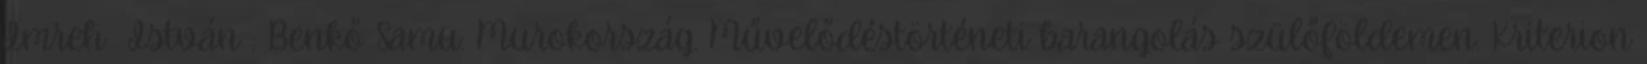
Imreh István : Benkő Samu: Murokország. Művelődéstörténeti barangolás szülőföldemen. Kriterion